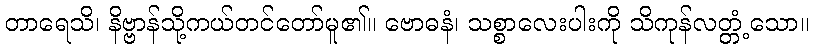
တာရေသိ၊ နိဗ္ဗာန်သို့ကယ်တင်တော်မူ၏။ ဗောဓနံ၊ သစ္စာလေးပါးကို သိကုန်လတ္တံ့သော။